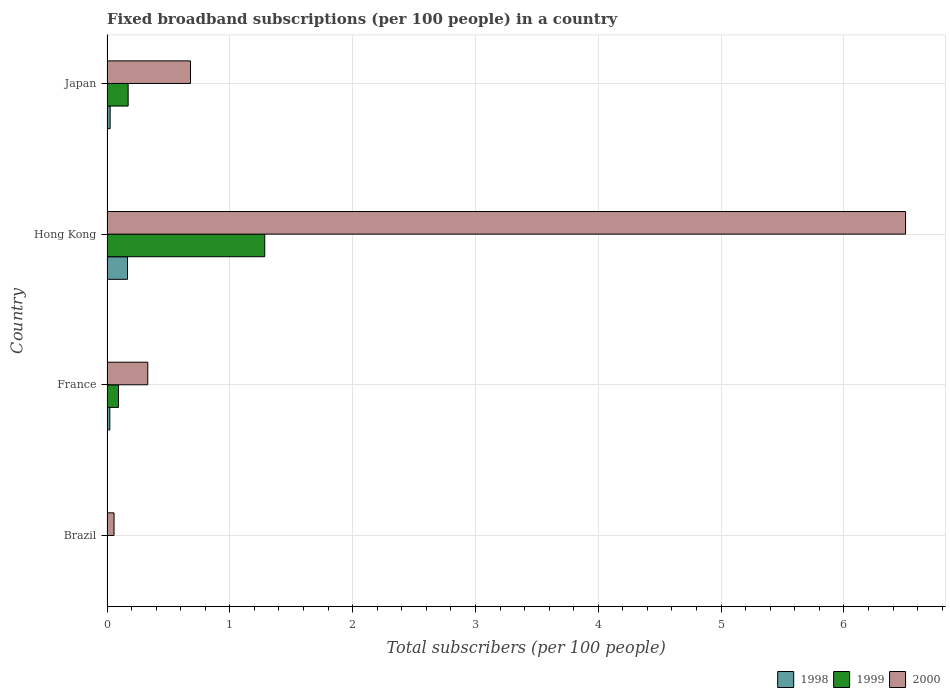
| Country | 1998 | 1999 | 2000 |
 | --- | --- | --- | --- |
 | Brazil | 0.00059 | 0.00407 | 0.0573 |
 | France | 0.023 | 0.0934 | 0.332 |
 | Hong Kong | 0.167 | 1.28 | 6.5 |
 | Japan | 0.0255 | 0.172 | 0.68 |